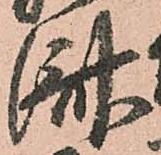
済